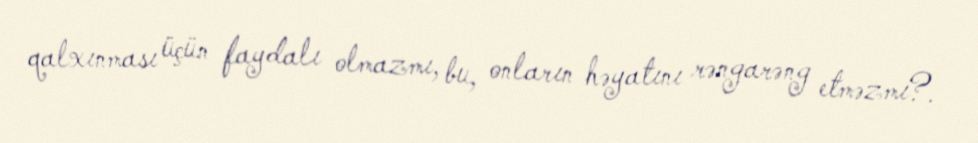
qalxınması üçün faydalı olmazmı, bu, onların həyatını rəngarəng etməzmi?.